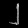
Digit: ၂